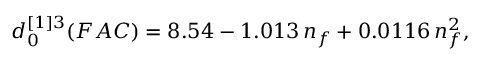
d _ { 0 } ^ { [ 1 ] 3 } ( F A C ) = 8 . 5 4 - 1 . 0 1 3 \, n _ { f } + 0 . 0 1 1 6 \, n _ { f } ^ { 2 } { } ,